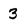
Character: 3